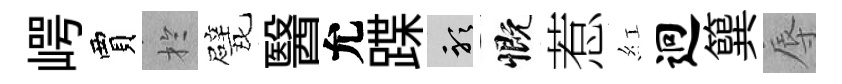
崿賈扵戏醫允蹀聽慨惹紅迥簨辱